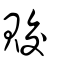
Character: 賋